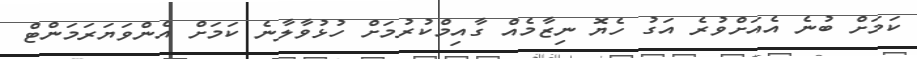
ކަމަށް ބުނެ އެއަށްވުރެ އަގު ހެޔޮ ނިޒާމެއް ގާއިމްކުރުމަށް ހުޅުވާލާނެ ކަމަށް އެންވަޔަރަމަންޓް